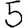
Digit: 5